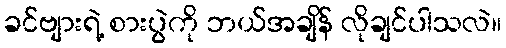
ခင်ဗျားရဲ့ စားပွဲကို ဘယ်အချိန် လိုချင်ပါသလဲ။